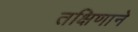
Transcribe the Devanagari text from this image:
तक्षिणाने